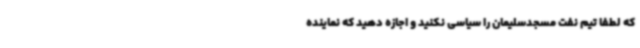
که لطفا تیم نفت مسجدسلیمان را سیاسی نکنید و اجازه دهید که نماینده